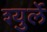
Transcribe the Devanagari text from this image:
श्युर्ले